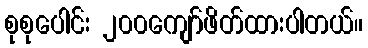
စုစုပေါင်း ၂၀၀ကျော်ဖိတ်ထားပါတယ်။